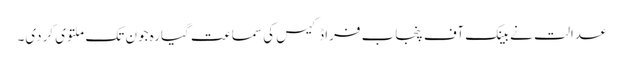
عدالت نے بینک آف پنجاب فراڈکیس کی سماعت گیارہ جون تک ملتوی کردی۔